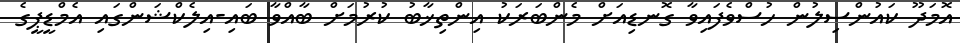
އޮމަދޫ ކައުންސިލުން ހުސްވެފައިވާ ގޮނޑިއަށް މެންބަރަކު އިންތިޚާބު ކުރުމަށް ބާއްވާ ބައި-އިލެކްޝަންގައި އެމްޑީޕީގެ